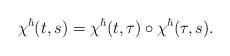
LaTeX: \begin{align*}\chi^\hbar(t,s)=\chi^\hbar(t,\tau)\circ\chi^\hbar(\tau,s).\end{align*}